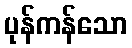
ပုန်ကန်သော